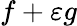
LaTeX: f+\varepsilon g